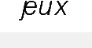
jeux